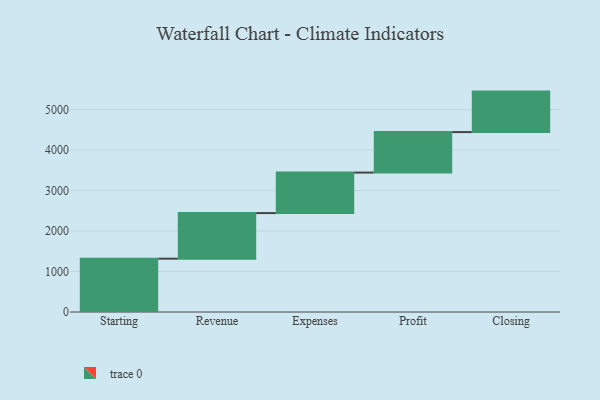
{"axis": {"x": "Step", "y": "Value"}, "legend": [""], "data": [{"x": "Starting", "y": 1317.0, "type": ""}, {"x": "Revenue", "y": 1126.0, "type": ""}, {"x": "Expenses", "y": 1000, "type": ""}, {"x": "Profit", "y": 1000, "type": ""}, {"x": "Closing", "y": 1000, "type": ""}]}